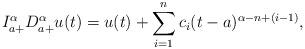
LaTeX: \begin{align*}I_{a+}^{\alpha}D_{a+}^{\alpha}u(t) = u(t)+\sum_{i=1}^{n}c_{i}(t-a)^{\alpha -n +(i-1)},\end{align*}